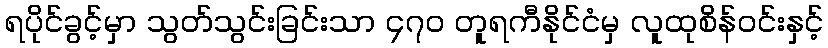
ရပိုင်ခွင့်မှာ သွတ်သွင်းခြင်းသာ ၄၇၀ တူရကီနိုင်ငံမှ လူထုစိန်ဝင်းနှင့်